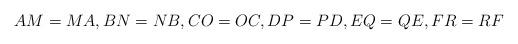
LaTeX: \begin{align*}AM=MA,BN=NB,CO=OC,DP=PD,EQ=QE,FR=RF\end{align*}